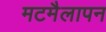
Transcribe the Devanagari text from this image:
मटमैलापन